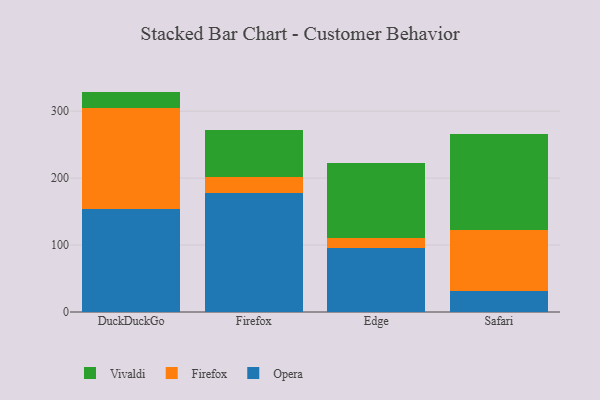
{"axis": {"x": "Browser", "y": "Shipments"}, "legend": ["Firefox", "Opera", "Vivaldi"], "data": [{"x": "DuckDuckGo", "y": 153.4, "type": "Opera"}, {"x": "DuckDuckGo", "y": 151.8, "type": "Firefox"}, {"x": "DuckDuckGo", "y": 24.1, "type": "Vivaldi"}, {"x": "Firefox", "y": 178.2, "type": "Opera"}, {"x": "Firefox", "y": 23.4, "type": "Firefox"}, {"x": "Firefox", "y": 69.9, "type": "Vivaldi"}, {"x": "Edge", "y": 95.9, "type": "Opera"}, {"x": "Edge", "y": 15.1, "type": "Firefox"}, {"x": "Edge", "y": 111.5, "type": "Vivaldi"}, {"x": "Safari", "y": 31.7, "type": "Opera"}, {"x": "Safari", "y": 90.1, "type": "Firefox"}, {"x": "Safari", "y": 143.9, "type": "Vivaldi"}]}